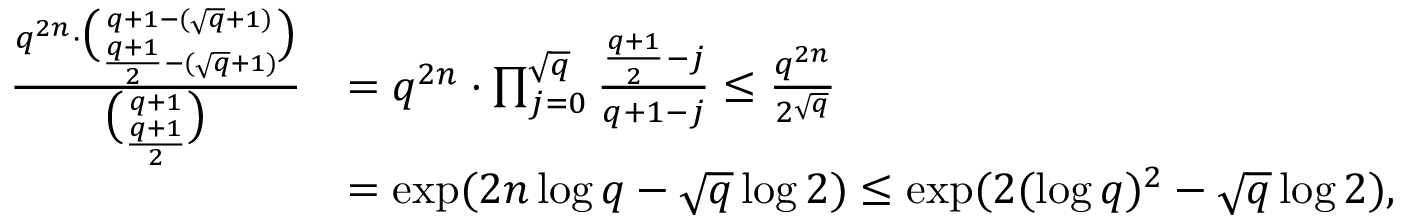
\begin{array} { r l } { \frac { q ^ { 2 n } \cdot \binom { q + 1 - ( \sqrt { q } + 1 ) } { \frac { q + 1 } { 2 } - ( \sqrt { q } + 1 ) } } { \binom { q + 1 } { \frac { q + 1 } { 2 } } } } & { = q ^ { 2 n } \cdot \prod _ { j = 0 } ^ { \sqrt { q } } \frac { \frac { q + 1 } { 2 } - j } { q + 1 - j } \leq \frac { q ^ { 2 n } } { 2 ^ { \sqrt { q } } } } \\ & { = \exp ( 2 n \log q - \sqrt { q } \log 2 ) \leq \exp ( 2 ( \log q ) ^ { 2 } - \sqrt { q } \log 2 ) , } \end{array}